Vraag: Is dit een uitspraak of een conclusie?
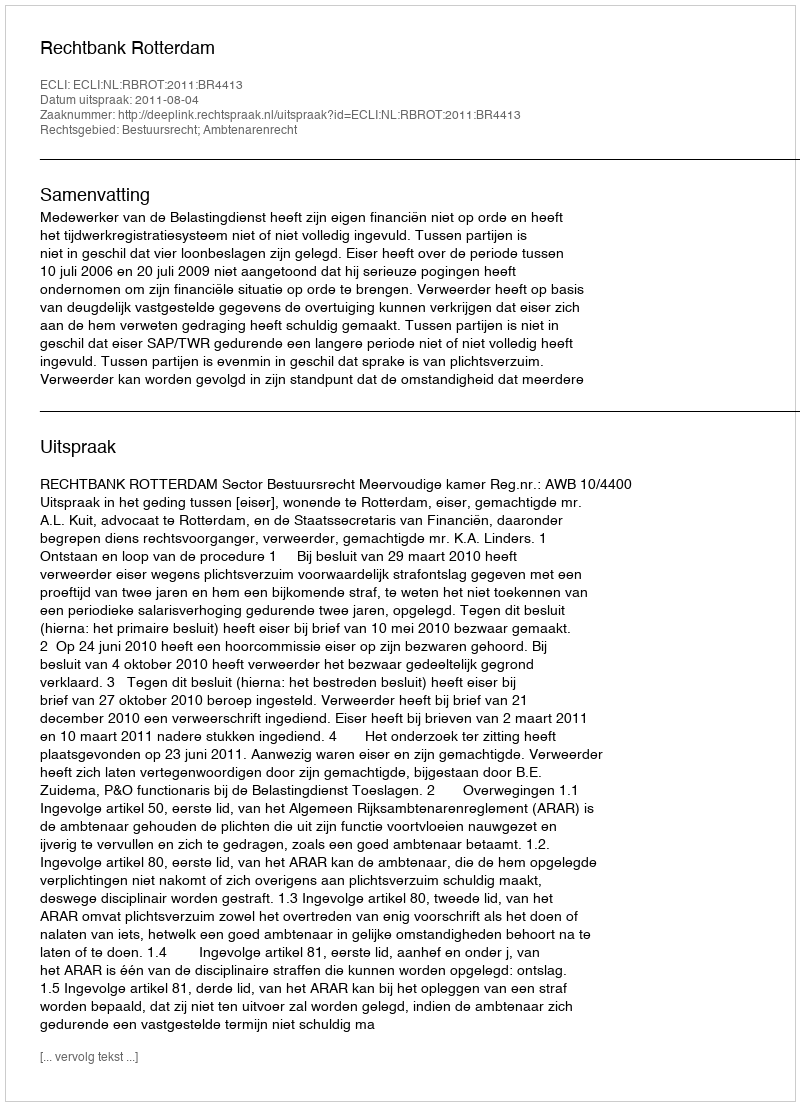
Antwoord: Uitspraak